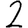
Digit: 2